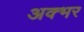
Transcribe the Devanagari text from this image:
अक्भर